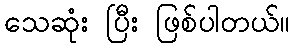
သေဆုံး ပြီး ဖြစ်ပါတယ်။